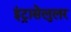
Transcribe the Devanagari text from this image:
इंट्रासेलुलर